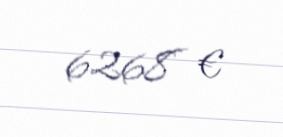
6268 €